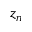
z _ { n }